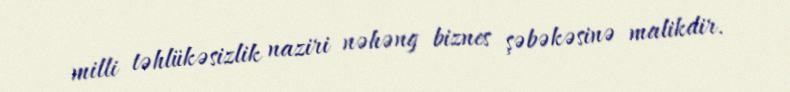
milli təhlükəsizlik naziri nəhəng biznes şəbəkəsinə malikdir.